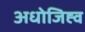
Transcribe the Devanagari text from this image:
अधोजिह्व